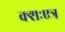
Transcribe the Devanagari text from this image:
क्शःएत्र